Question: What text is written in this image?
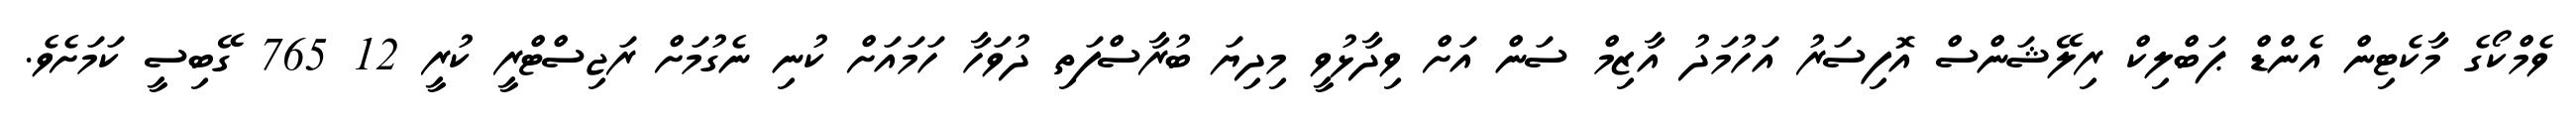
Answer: ވެމްކޯގެ މާކެޓިން އެންޑް ޕަބްލިކް ރިލޭޝަންސް އޮފިސަރު އަހުމަދު އާޒިމް ސަން އަށް ވިދާޅުވީ މިދިޔަ ބުރާސްފަތި ދުވަހާ ހަމައަށް ކުނި ނެގުމަށް ރަޖިސްޓްރީ ކުރީ 12 765 ގޭބިސީ ކަމަށެވެ.